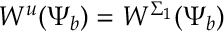
W ^ { u } ( \Psi _ { b } ) = W ^ { \Sigma _ { 1 } } ( \Psi _ { b } )